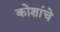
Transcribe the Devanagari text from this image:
कोशांचे